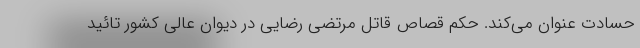
حسادت عنوان می‌کند. حکم قصاص قاتل مرتضی رضایی در دیوان عالی کشور تائید